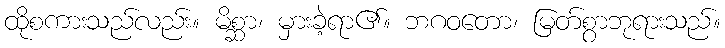
ထိုစကားသည်လည်း။ မိစ္ဆာ၊ မှားခဲ့ရာ၏။ ဘဂဝတော၊ မြတ်စွာဘုရားသည်။